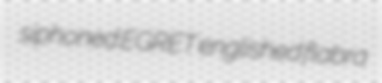
siphoned EGRET englished flabra